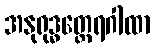
အနုရုဒ္ဓတ္ထေရဂါထာ